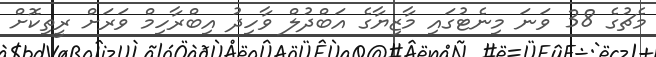
މެޗުގެ 38 ވަނަ މިނެޓުގައި މާޒިޔާގެ އަބްދުލް ވާހިދު އިބްރާހިމް ވަރަށް ރީތިކޮށް